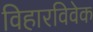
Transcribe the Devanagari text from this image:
विहारविवेक